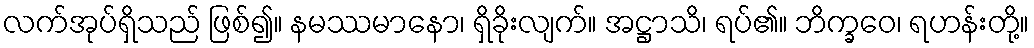
လက်အုပ်ရှိသည် ဖြစ်၍။ နမဿမာနော၊ ရှိခိုးလျက်။ အဋ္ဌာသိ၊ ရပ်၏။ ဘိက္ခဝေ၊ ရဟန်းတို့။